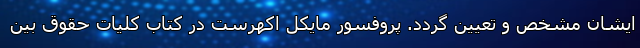
ایشان مشخص و تعیین گردد. پروفسور مایکل اکهرست در کتاب کلیات حقوق بین